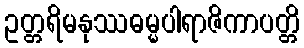
ဥတ္တရိမနုဿဓမ္မပါရာဇိကာပတ္တိ